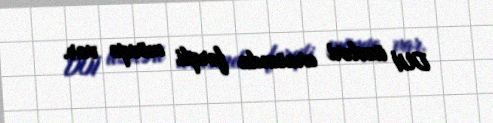
DUİ üzvləri arasında fərqli mövqe var.